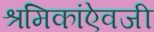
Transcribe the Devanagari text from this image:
श्रमिकांऐवजी